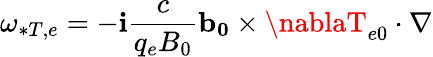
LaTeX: \omega_{*T,e}=-\mathbf{i}\frac{{c}}{{q_{e}B_{0}}}\mathbf{{b_{0}}}\times\nablaT_{e0}\cdot\nabla